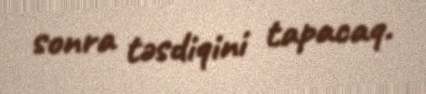
sonra təsdiqini tapacaq.